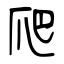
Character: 爬